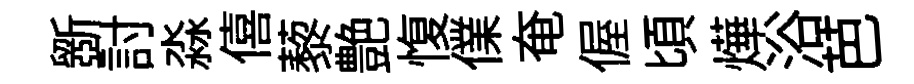
斵討淼僖藜艶愎㒒奄偓頃燁浴芭